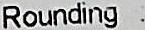
ROUNDING :